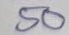
50